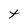
Character: t